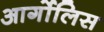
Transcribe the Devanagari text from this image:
आर्गोलिस